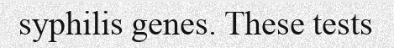
syphilis genes. These tests